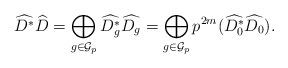
LaTeX: \begin{align*}\widehat {D^*}\widehat D=\bigoplus_{g\in \mathcal G_p} \widehat {D_g^*}\widehat {D_g}=\bigoplus_{g\in \mathcal G_p} p^{2m} (\widehat {D_0^*}\widehat {D_0}).\end{align*}